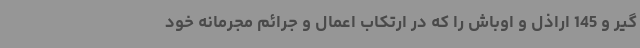
گیر و 145 اراذل و اوباش را که در ارتکاب اعمال و جرائم مجرمانه خود